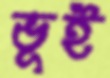
ভূই